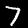
Digit: 7